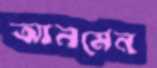
আনমেন